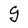
Character: g